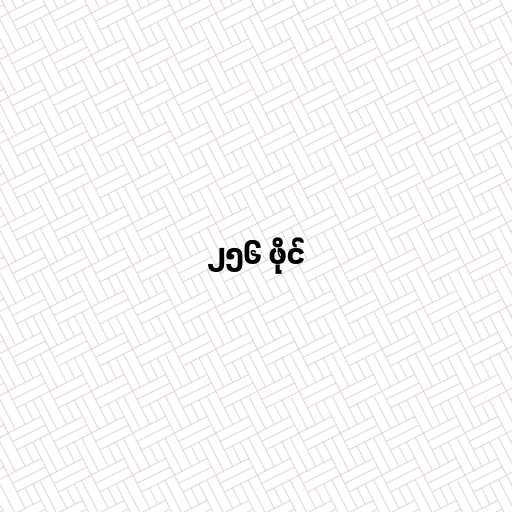
၂၅၆ ဖိုင်